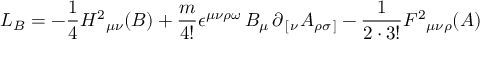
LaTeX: L _ { B } = - { \frac { 1 } { 4 } } H ^ { 2 } { } _ { \mu \nu } ( B ) + { \frac { m } { 4 ! } } \epsilon ^ { \mu \nu \rho \omega } \, B _ { \mu } \, \partial _ { \, [ \, \nu } A _ { \rho \sigma \, ] } - { \frac { 1 } { 2 \cdot 3 ! } } F ^ { 2 } { } _ { \mu \nu \rho } ( A )